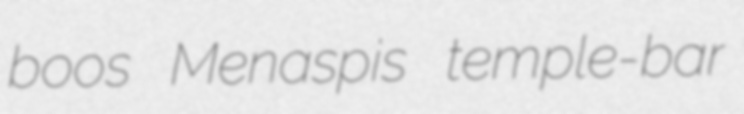
boos Menaspis temple-bar